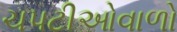
ચપટીઓવાળો